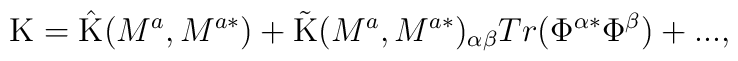
\mbox{K}=\mbox{\^{K}}(M^{a},M^{a*})+\mbox{\~{K}}(M^{a},M^{a*})_{\alpha \beta}Tr(\Phi^{\alpha *}\Phi^{\beta})+...,